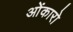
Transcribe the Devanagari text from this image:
ओंकारो